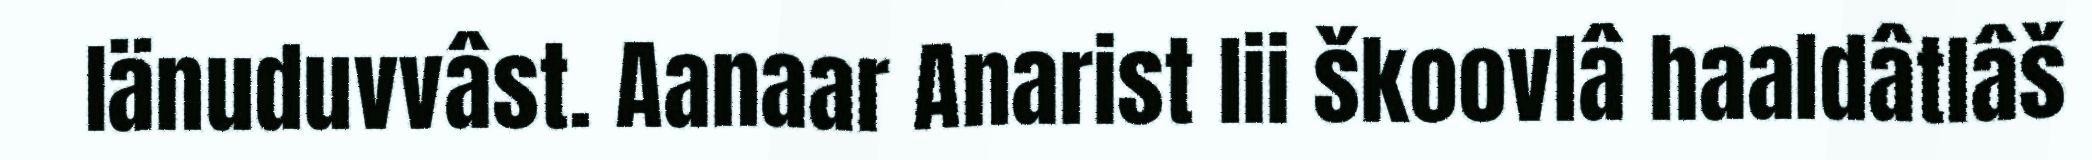
Iänuduvvâst. Aanaar Anarist lii škoovlâ haaldâtlâš